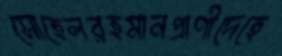
সোহেলরহমানপ্রাণীদেহে